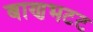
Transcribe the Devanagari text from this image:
बाणभटट